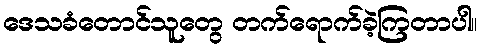
ဒေသခံတောင်သူတွေ တက်ရောက်ခဲ့ကြတာပါ။